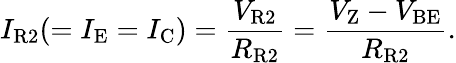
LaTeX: I_{\mathrm{R2}}(=I_{\mathrm{E}}=I_{\mathrm{C}})={\frac{V_{\mathrm{R2}}}{R_{\mathrm{R2}}}}={\frac{V_{\mathrm{Z}}-V_{\mathrm{BE}}}{R_{\mathrm{R2}}}}.